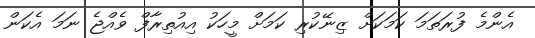
އެންމެ ފުރަތަމަ ކަމަކަށް ޒިނޭކުރި ކަމަށް މީހަކު އިއުތިރާފް ވެއްޖެ ނަމަ އެކަން